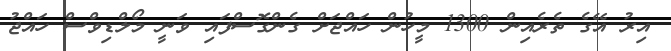
އިރު އޭގެ ތެރެއިން 1300 މީހުން ހައްޖަށް ގެންގޮސްފައި ވަނީ މޯލްޑިވްސް ހައްޖު